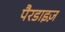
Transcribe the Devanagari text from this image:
पैरडाइज़